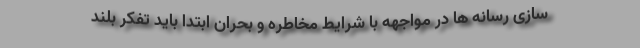
سازی رسانه ها در مواجهه با شرایط مخاطره و بحران ابتدا باید تفکر بلند